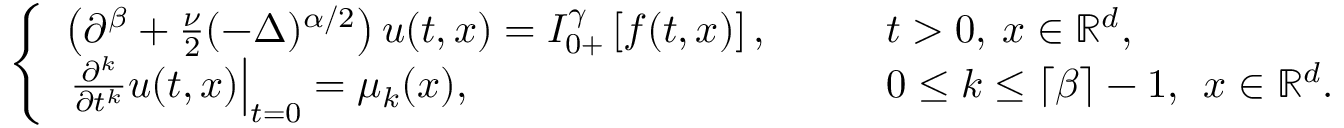
\begin{array} { r } { \left\{ \begin{array} { l l } { \left( \partial ^ { \beta } + \frac { \nu } { 2 } ( - \Delta ) ^ { \alpha / 2 } \right) u ( t , x ) = I _ { 0 + } ^ { \gamma } \left[ f ( t , x ) \right] , } & { \qquad t > 0 , \: x \in \mathbb { R } ^ { d } , } \\ { \left. \frac { \partial ^ { k } } { \partial t ^ { k } } u ( t , x ) \right| _ { t = 0 } = \mu _ { k } ( x ) , } & { \qquad 0 \le k \le \left\lceil \beta \right\rceil - 1 , \: \: x \in \mathbb { R } ^ { d } . } \end{array} \right. } \end{array}